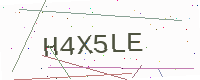
Text: H4X5LE